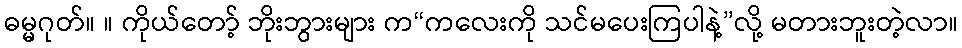
ဓမ္မဂုတ်။ ။ ကိုယ်တော့် ဘိုးဘွားများ က“ကလေးကို သင်မပေးကြပါနဲ့”လို့ မတားဘူးတဲ့လာ။